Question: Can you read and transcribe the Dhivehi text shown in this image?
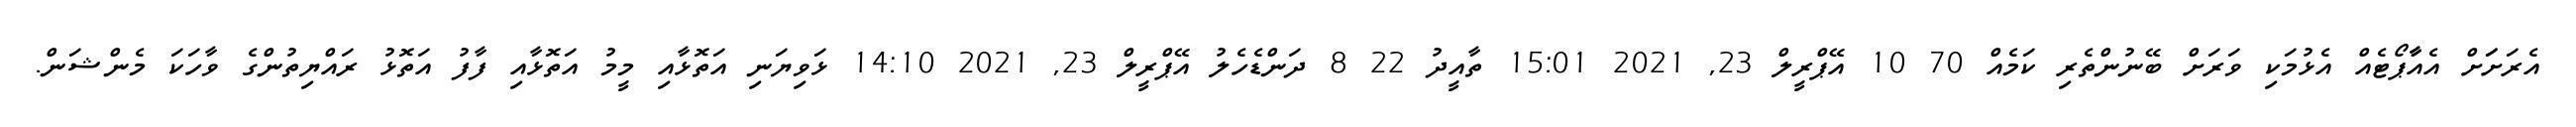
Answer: އެރަށަަށް އެއާާޕޯޓެއް އެޅުމަކި ވަރަށް ބޭނުންތެރި ކަމެއް 70 10 އޭޕްރީލް 23, 2021 15:01 ތާއީދު 22 8 ދަންޑެހެލު އޭޕްރީލް 23, 2021 14:10 ޅަވިޔަނި އަތޮޅާއި މީމު އަތޮޅާއި ފާފު އަތޮޅު ރައްޔިތުންގެ ވާހަކަ މެންޝަން.